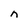
Character: n